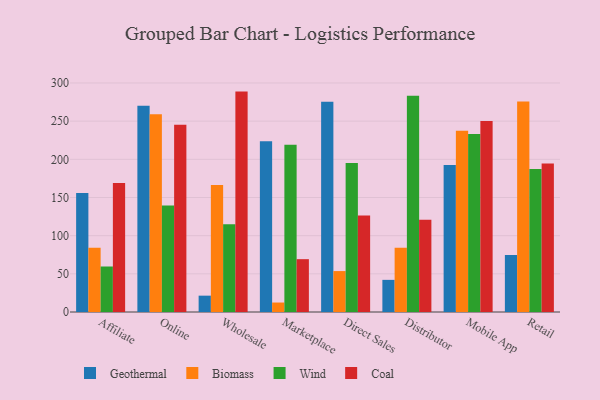
{"axis": {"x": "Channel", "y": "Energy Usage (MWh)"}, "legend": ["Biomass", "Coal", "Geothermal", "Wind"], "data": [{"x": "Affiliate", "y": 155.9, "type": "Geothermal"}, {"x": "Affiliate", "y": 84.2, "type": "Biomass"}, {"x": "Affiliate", "y": 59.6, "type": "Wind"}, {"x": "Affiliate", "y": 168.9, "type": "Coal"}, {"x": "Online", "y": 270.3, "type": "Geothermal"}, {"x": "Online", "y": 259.0, "type": "Biomass"}, {"x": "Online", "y": 139.4, "type": "Wind"}, {"x": "Online", "y": 245.4, "type": "Coal"}, {"x": "Wholesale", "y": 21.4, "type": "Geothermal"}, {"x": "Wholesale", "y": 166.2, "type": "Biomass"}, {"x": "Wholesale", "y": 114.8, "type": "Wind"}, {"x": "Wholesale", "y": 288.7, "type": "Coal"}, {"x": "Marketplace", "y": 223.7, "type": "Geothermal"}, {"x": "Marketplace", "y": 12.4, "type": "Biomass"}, {"x": "Marketplace", "y": 219.1, "type": "Wind"}, {"x": "Marketplace", "y": 69.2, "type": "Coal"}, {"x": "Direct Sales", "y": 275.4, "type": "Geothermal"}, {"x": "Direct Sales", "y": 53.6, "type": "Biomass"}, {"x": "Direct Sales", "y": 195.3, "type": "Wind"}, {"x": "Direct Sales", "y": 126.5, "type": "Coal"}, {"x": "Distributor", "y": 42.1, "type": "Geothermal"}, {"x": "Distributor", "y": 84.3, "type": "Biomass"}, {"x": "Distributor", "y": 283.2, "type": "Wind"}, {"x": "Distributor", "y": 120.8, "type": "Coal"}, {"x": "Mobile App", "y": 192.4, "type": "Geothermal"}, {"x": "Mobile App", "y": 237.4, "type": "Biomass"}, {"x": "Mobile App", "y": 233.0, "type": "Wind"}, {"x": "Mobile App", "y": 250.3, "type": "Coal"}, {"x": "Retail", "y": 74.7, "type": "Geothermal"}, {"x": "Retail", "y": 275.6, "type": "Biomass"}, {"x": "Retail", "y": 187.2, "type": "Wind"}, {"x": "Retail", "y": 194.6, "type": "Coal"}]}